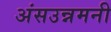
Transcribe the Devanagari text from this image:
अंसउन्नमनी